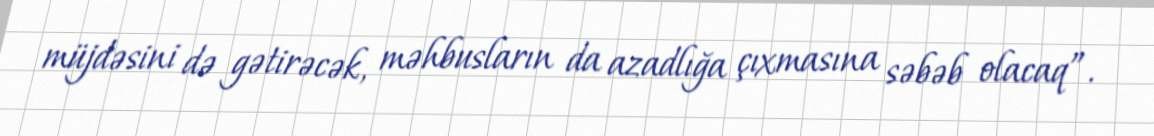
müjdəsini də gətirəcək, məhbusların da azadlığa çıxmasına səbəb olacaq”.